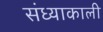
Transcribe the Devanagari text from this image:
संध्याकाली